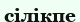
сілікпе